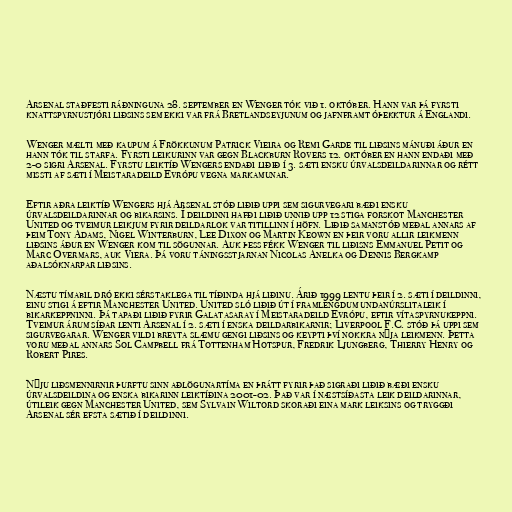
Arsenal staðfesti ráðninguna 28. september en Wenger tók við 1. október. Hann var þá fyrsti
knattspyrnustjóri liðsins sem ekki var frá Bretlandseyjunum og jafnframt óþekktur á Englandi.

Wenger mælti með kaupum á Frökkunum Patrick Vieira og Remi Garde til liðsins mánuði áður en
hann tók til starfa. Fyrsti leikurinn var gegn Blackburn Rovers 12. október en hann endaði með
2-0 sigri Arsenal. Fyrstu leiktíð Wengers endaði liðið í 3. sæti ensku úrvalsdeildarinnar og rétt
missti af sæti í Meistaradeild Evrópu vegna markamunar.

Eftir aðra leiktíð Wengers hjá Arsenal stóð liðið uppi sem sigurvegari bæði ensku
úrvalsdeildarinnar og bikarsins. Í deildinni hafði liðið unnið upp 12 stiga forskot Manchester
United og tveimur leikjum fyrir deildarlok var titillinn í höfn. Liðið samanstóð meðal annars af
þeim Tony Adams, Nigel Winterburn, Lee Dixon og Martin Keown en þeir voru allir leikmenn
liðsins áður en Wenger kom til sögunnar. Auk þess fékk Wenger til liðisns Emmanuel Petit og
Marc Overmars, auk Viera. Þá voru táningsstjarnan Nicolas Anelka og Dennis Bergkamp
aðalsóknarpar liðsins.

Næstu tímabil dró ekki sérstaklega til tíðinda hjá liðinu. Árið 1999 lentu þeir í 2. sæti í deildinni,
einu stigi á eftir Manchester United. United sló liðið út í framlengdum undanúrslitaleik í
bikarkeppninni. Þá tapaði liðið fyrir Galatasaray í Meistaradeild Evrópu, eftir vítaspyrnukeppni.
Tveimur árum síðar lenti Arsenal í 2. sæti í enska deildarbikarnir; Liverpool F.C. stóð þá uppi sem
sigurvegarar. Wenger vildi breyta slæmu gengi liðsins og keypti því nokkra nýja leikmenn. Þetta
voru meðal annars Sol Campbell frá Tottenham Hotspur, Fredrik Ljungberg, Thierry Henry og
Robert Pires.

Nýju liðsmennirnir þurftu sinn aðlögunartíma en þrátt fyrir það sigraði liðið bæði ensku
úrvalsdeildina og enska bikarinn leiktíðina 2001-02. Það var í næstsíðasta leik deildarinnar,
útileik gegn Manchester United, sem Sylvain Wiltord skoraði eina mark leiksins og tryggði
Arsenal sér efsta sætið í deildinni.